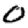
Digit: 0